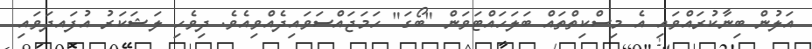
އަލުން ބިނާކުރައްވައި އެ މިސްކިތްތައް ބަލަހައްޓަވަން "ބޯގަ" ހަމަޖައްސަވައިދެއްވިއެވެ. ދިވެހި ލަޝަކަރު އުފައދަވައި